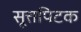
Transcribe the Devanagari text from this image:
सूत्तपिटक